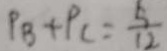
P _ { B } + P _ { C } = \frac { 5 } { 1 2 }